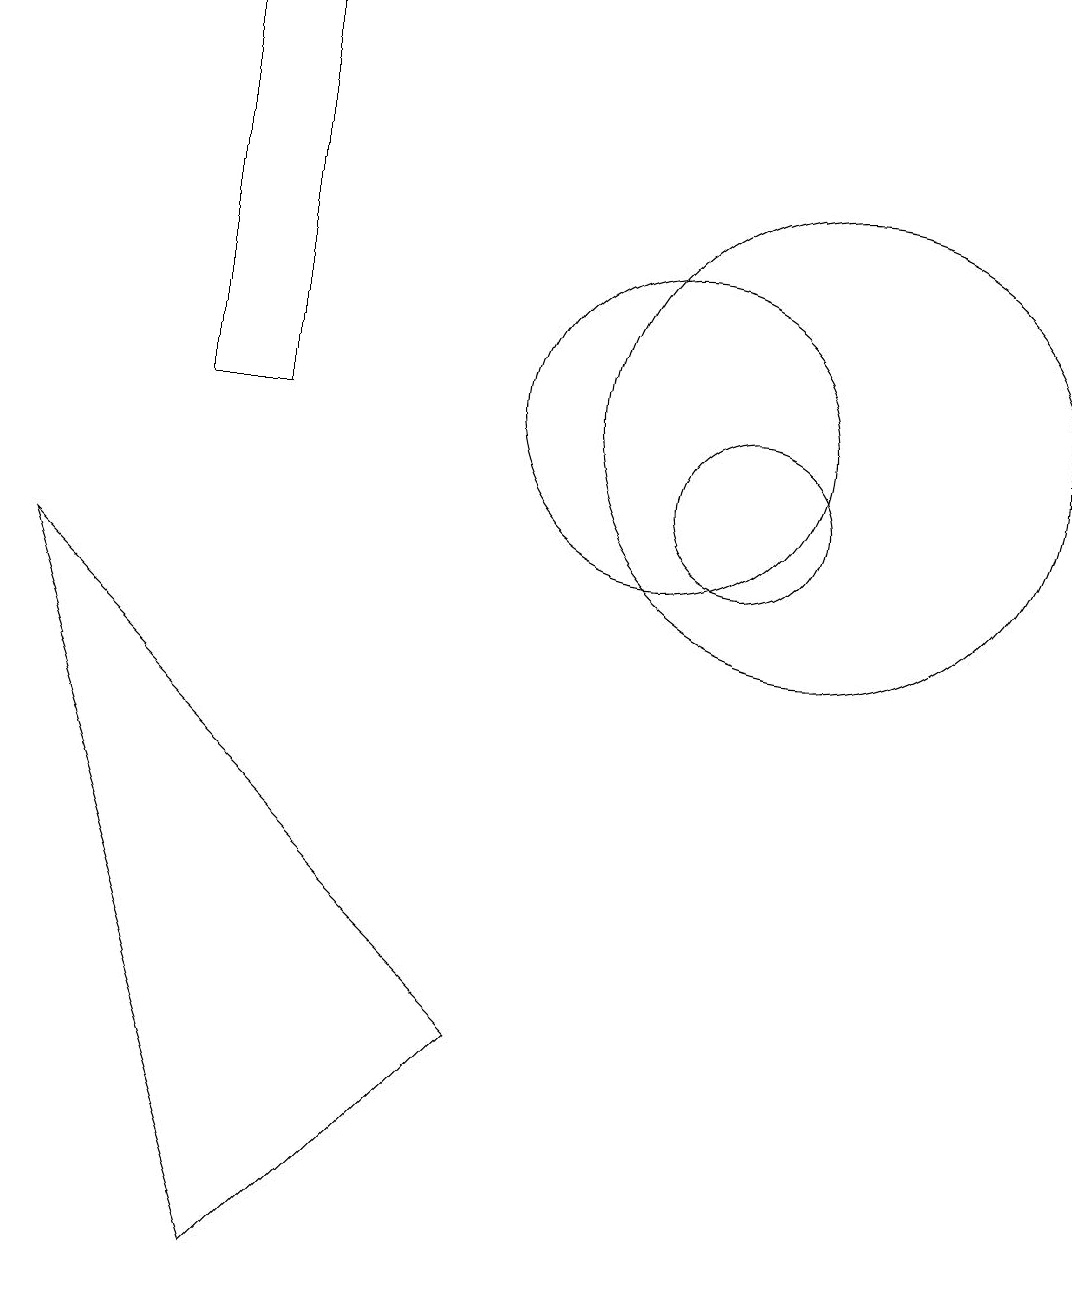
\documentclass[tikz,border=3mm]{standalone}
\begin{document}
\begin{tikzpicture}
\draw (11,10) circle (1);
\draw (5,11) rectangle (4,16);
\draw (12,11) circle (3);
\draw (10,11) circle (2);
\draw (12,11) circle (0);
\draw (5,0) -- (2,9) -- (8,3) -- cycle;
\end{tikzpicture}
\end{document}